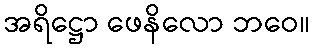
အရိဋ္ဌော ဖေနိလော ဘဝေ။